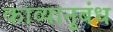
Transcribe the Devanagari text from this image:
काव्यानुबंध